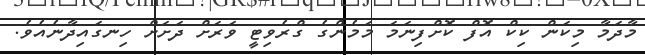
މާދަމާ މިކަން ކިކް އޮފް ކޮށްފިނަމަ މަމެންގެ ގްރެވިޓީ ވަރަށް ދަށަށް ހިނގައިދާނެއެވެ.